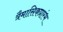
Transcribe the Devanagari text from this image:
त्रैमासिकप्रारंभ